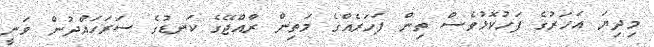
މިދިޔަ އަހަރުގެ ފަހުކޮޅުވެސް ތިން ފަހަރެއްގެ މަތިން ރާއްޖޭގެ ކަނޑުގެ ސަރަހައްދުން ވަނީ